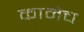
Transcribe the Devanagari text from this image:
कामेच